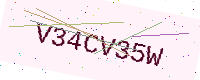
Text: V34CV35W